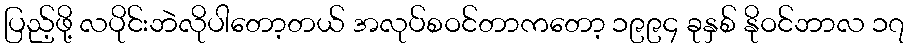
ပြည့်ဖို့ လပိုင်းဘဲလိုပါတော့တယ် အလုပ်စဝင်တာကတော့ ၁၉၉၄ ခုနှစ် နိုဝင်ဘာလ ၁၇